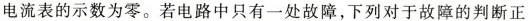
电流表的示数为零。若电路中只有一处故障，下列对于故障的判断正